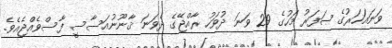
ވަނައަހަރުގެ ޞަފަރު މަހުގެ 29 ވަނަ ދުވަހު ރާއްޖޭގެ ދެވަނަ ޤާނޫނުއަސާސީ ފާސްވެއްޖެއެވެ.